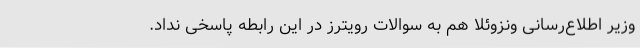
وزیر اطلاع‌رسانی ونزوئلا هم به سوالات رویترز در این رابطه پاسخی نداد.